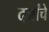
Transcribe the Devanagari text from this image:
दर्जांचे